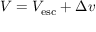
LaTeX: V = V _ { \mathrm { e s c } } + \Delta v